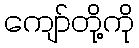
ကျော်တို့ကို